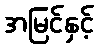
အမြင်နှင့်